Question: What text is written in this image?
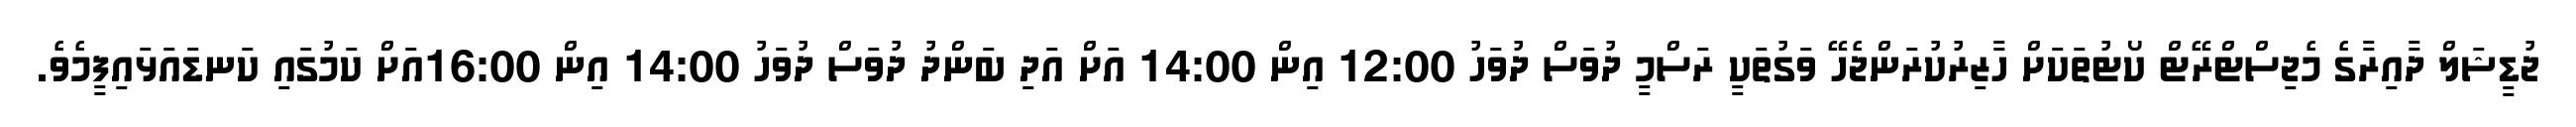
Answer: ޖުޑީޝަލް ދާއިރާގެ މެޖިސްޓްރޭޓް ކޯޓުތަކަށް ހާޒިރުކުރަންޖެހޭ ވަގުތަކީ ރަސްމީ ދުވަސް ދުވަހު 12:00 އިން 14:00 އަށް އަދި ބަންދު ދުވަސް ދުވަހު 14:00 އިން 16:00އަށް ކަމުގައި ކަނޑައަޅައިފީމެވެ.